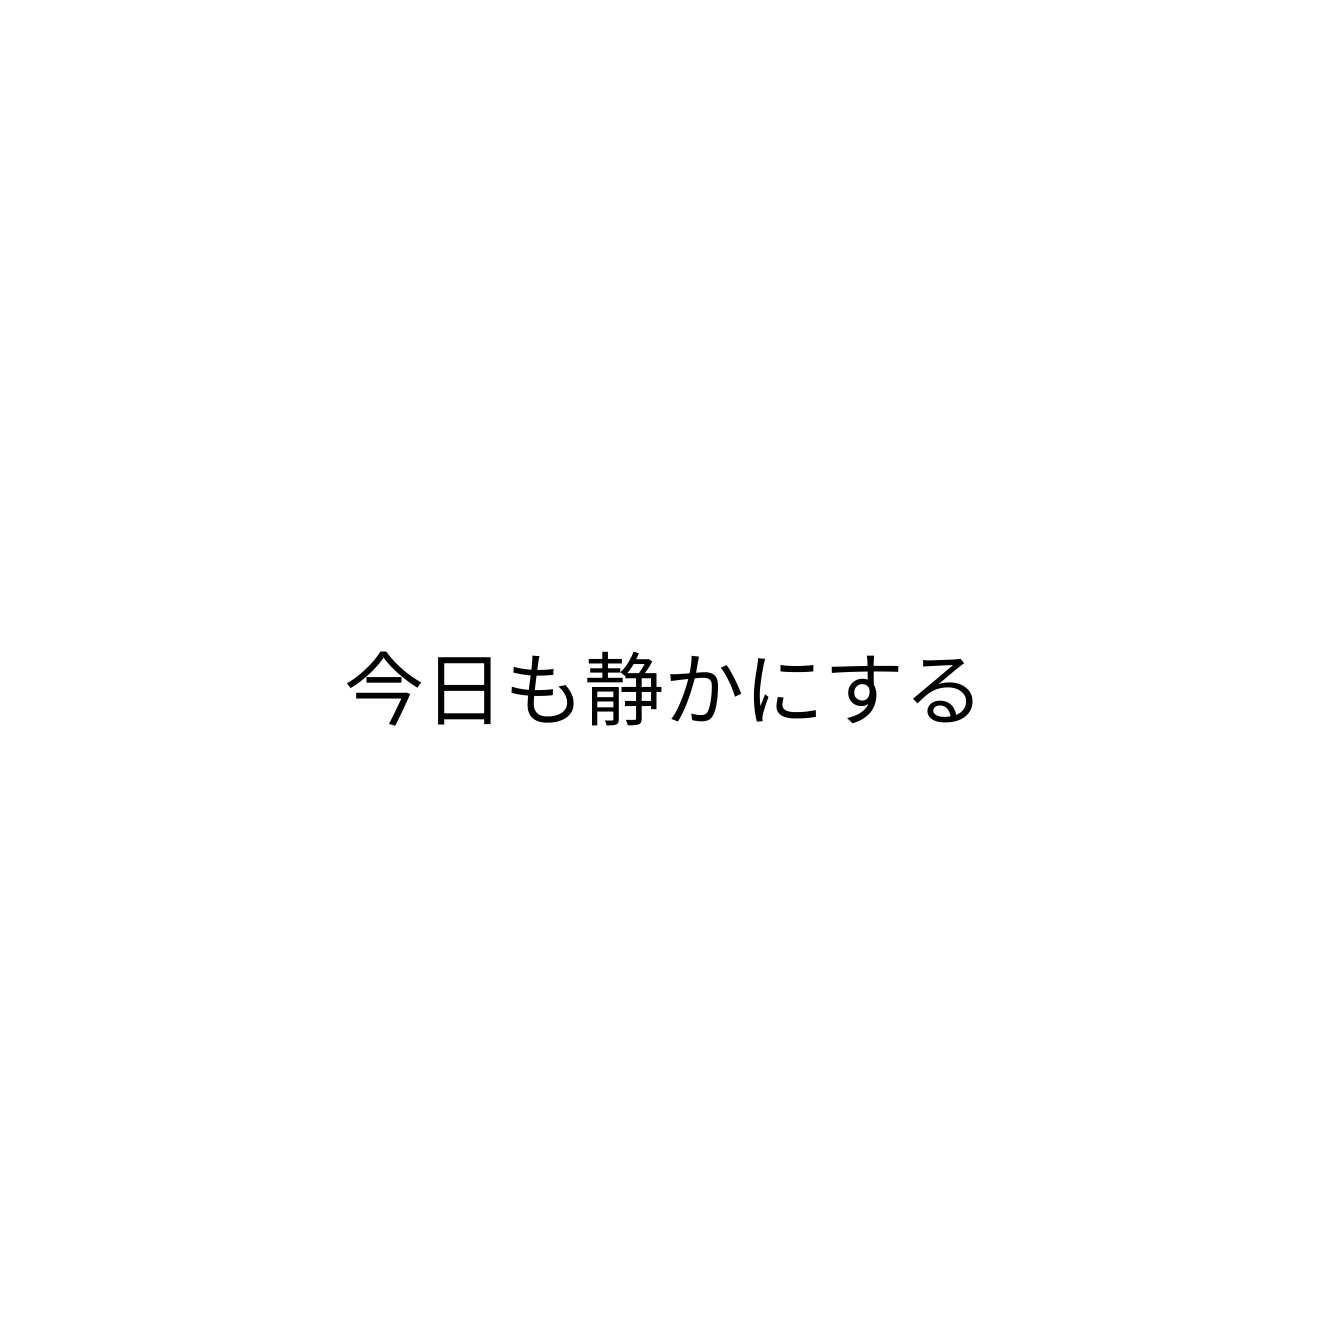
今日も静かにする